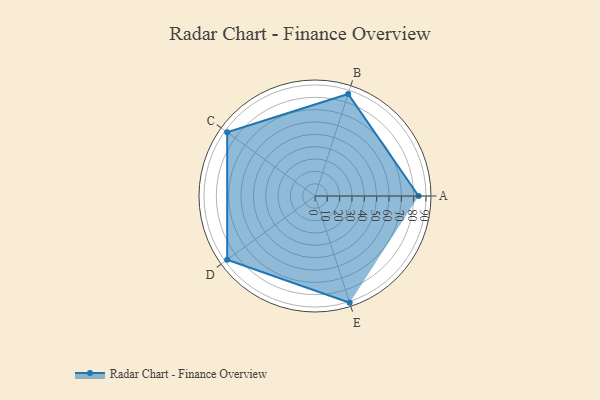
{"axis": {"x": "Skill", "y": "Score"}, "legend": ["Profile"], "data": [{"x": "A", "y": 84.0, "type": "Profile"}, {"x": "B", "y": 87.0, "type": "Profile"}, {"x": "C", "y": 88.0, "type": "Profile"}, {"x": "D", "y": 88.0, "type": "Profile"}, {"x": "E", "y": 91.0, "type": "Profile"}]}